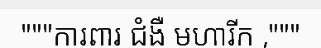
"""ការពារ ជំងឺ មហារីក ,"""